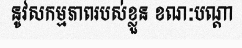
នូវសកម្មភាពរបស់ខ្លួន ខណៈបណ្តា